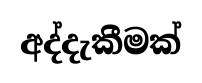
අද්දැකීමක්